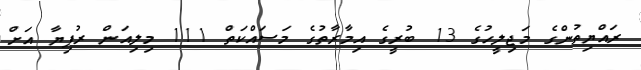
ރައްޔިތުންގެ މަޖިލީހުގެ 13 ބުރީގެ އިމާރާތުގެ މަސައްކަތް 111 މިލިއަން ރުފިޔާ އަށް